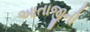
આતાજીની